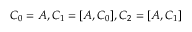
C _ { 0 } = A , C _ { 1 } = [ A , C _ { 0 } ] , C _ { 2 } = [ A , C _ { 1 } ]